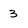
Character: 3